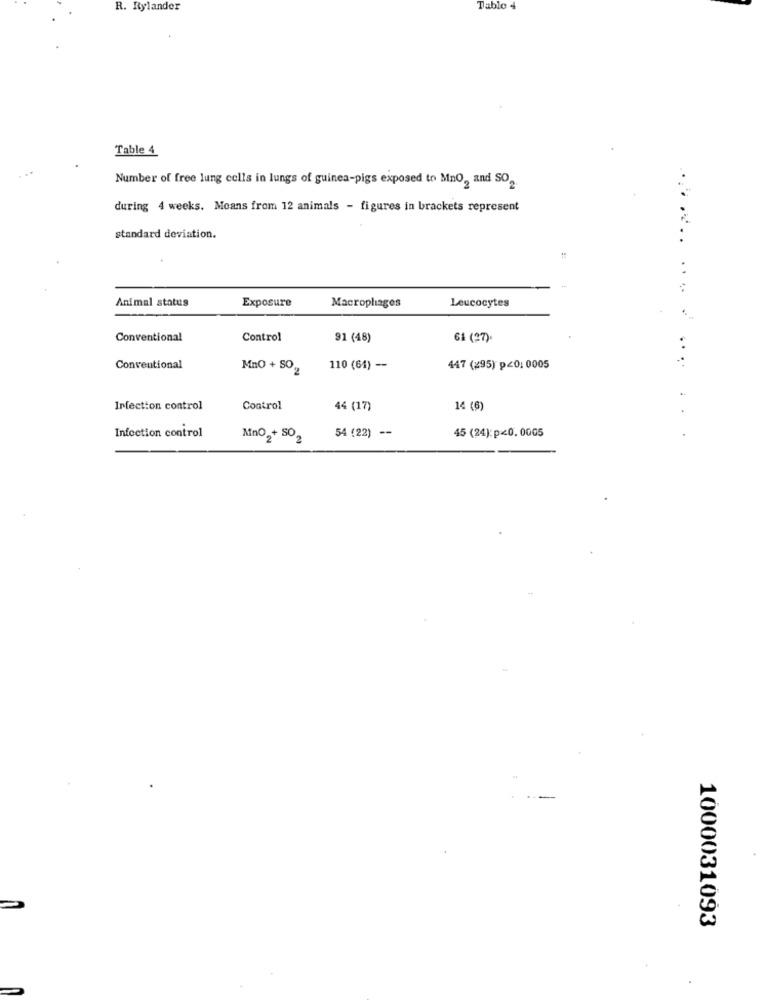
R. Rylander
Dable 4
Table 4
Number of free lung cells in lungs of guinea-pigs exposed to Mno, and SO2
during 4 weeks. Moans from 12 animals - figures in brackets represent
standard deviation.
...
Animal status
Exposure
Leucocytes
Macrophages
Conventional
Control
91 (48)
61 (27).
..
..
Conventional
MnO + SO 2
110 (64) --
447 (295) p<0. 0005
Infection control
Control
44 (17)
14 (6)
Infection control
45 (24): p<0. 0005
.
Mno2+ SO2
54 (22) --
1000031093